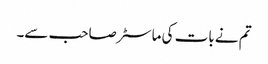
تم نے بات کی ماسٹر صاحب سے۔